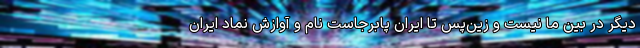
دیگر در بین ما نیست و زین‌پس تا ایران پابرجاست نام و آوازش نماد ایران